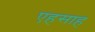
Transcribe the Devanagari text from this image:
एहसाह